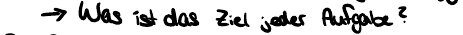
-> Was ist das Ziel jeder Aufgabe?